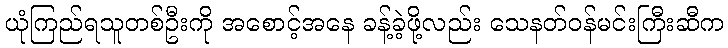
ယုံကြည်ရသူတစ်ဦးကို အစောင့်အနေ ခန့်ခဲ့ဖို့လည်း သေနတ်ဝန်မင်းကြီးဆီက